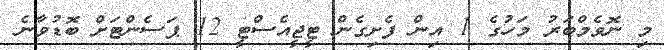
މި ނޮވެމްބަރު މަހުގެ 1 އިން ފެށިގެން ޓީޖީއެސްޓީ 12 ޕަސެންޓަށް ބޮޑުވާނެ